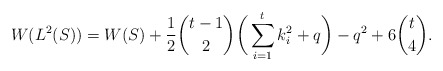
\begin{align*} W(L^2(S))= W(S)+\frac{1}{2}\binom{t-1}{2}\bigg(\sum_{i=1}^t k_i^2+q\bigg)- q^2 + 6\binom t4.\end{align*}